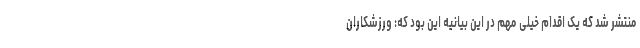
منتشر شد که یک اقدام خیلی مهم در این بیانیه این بود که: ورزشکاران